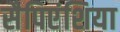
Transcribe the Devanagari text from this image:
सैपिएंशिया